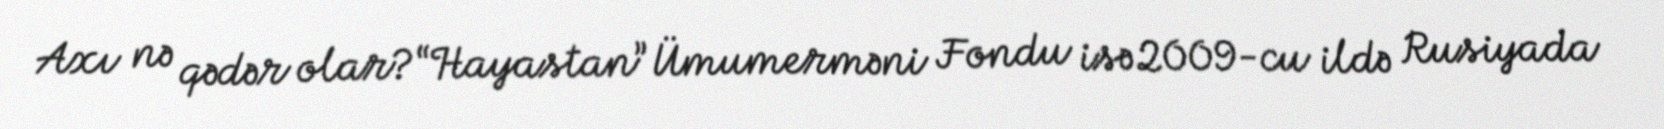
Axı nə qədər olar?“Hayastan” Ümumerməni Fondu isə 2009-cu ildə Rusiyada